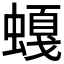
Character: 𲀁